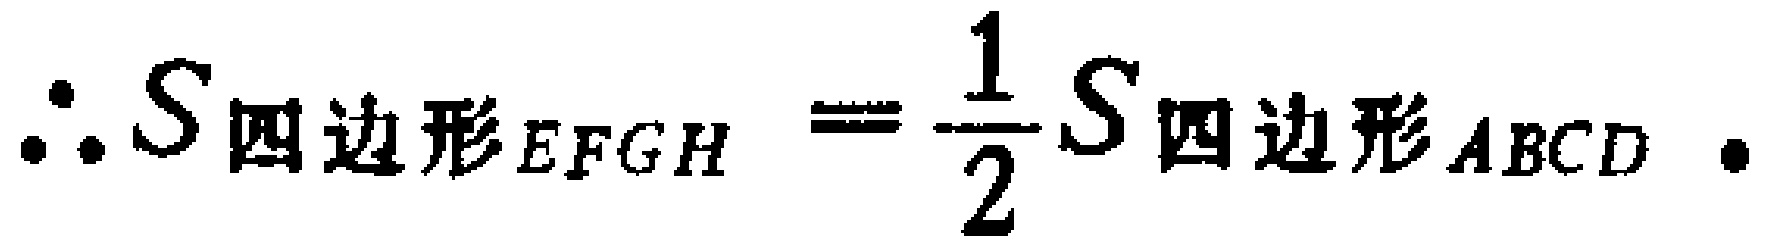
\(\therefore S_{四边形EFGH}=\frac{1}{2}S_{四边形ABCD}.\)